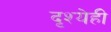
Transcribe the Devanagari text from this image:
दृश्येही